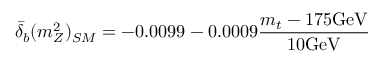
{ \bar { \delta } } _ { b } ( m _ { Z } ^ { 2 } ) _ { S M } = - 0 . 0 0 9 9 - 0 . 0 0 0 9 { \frac { m _ { t } - 1 7 5 \mathrm { G e V } } { 1 0 \mathrm { G e V } } }